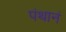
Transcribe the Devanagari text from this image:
पंथानं